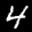
Label: 4